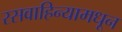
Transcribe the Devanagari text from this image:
रसवाहिन्यामधून